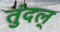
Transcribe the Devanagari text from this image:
तुंदल्